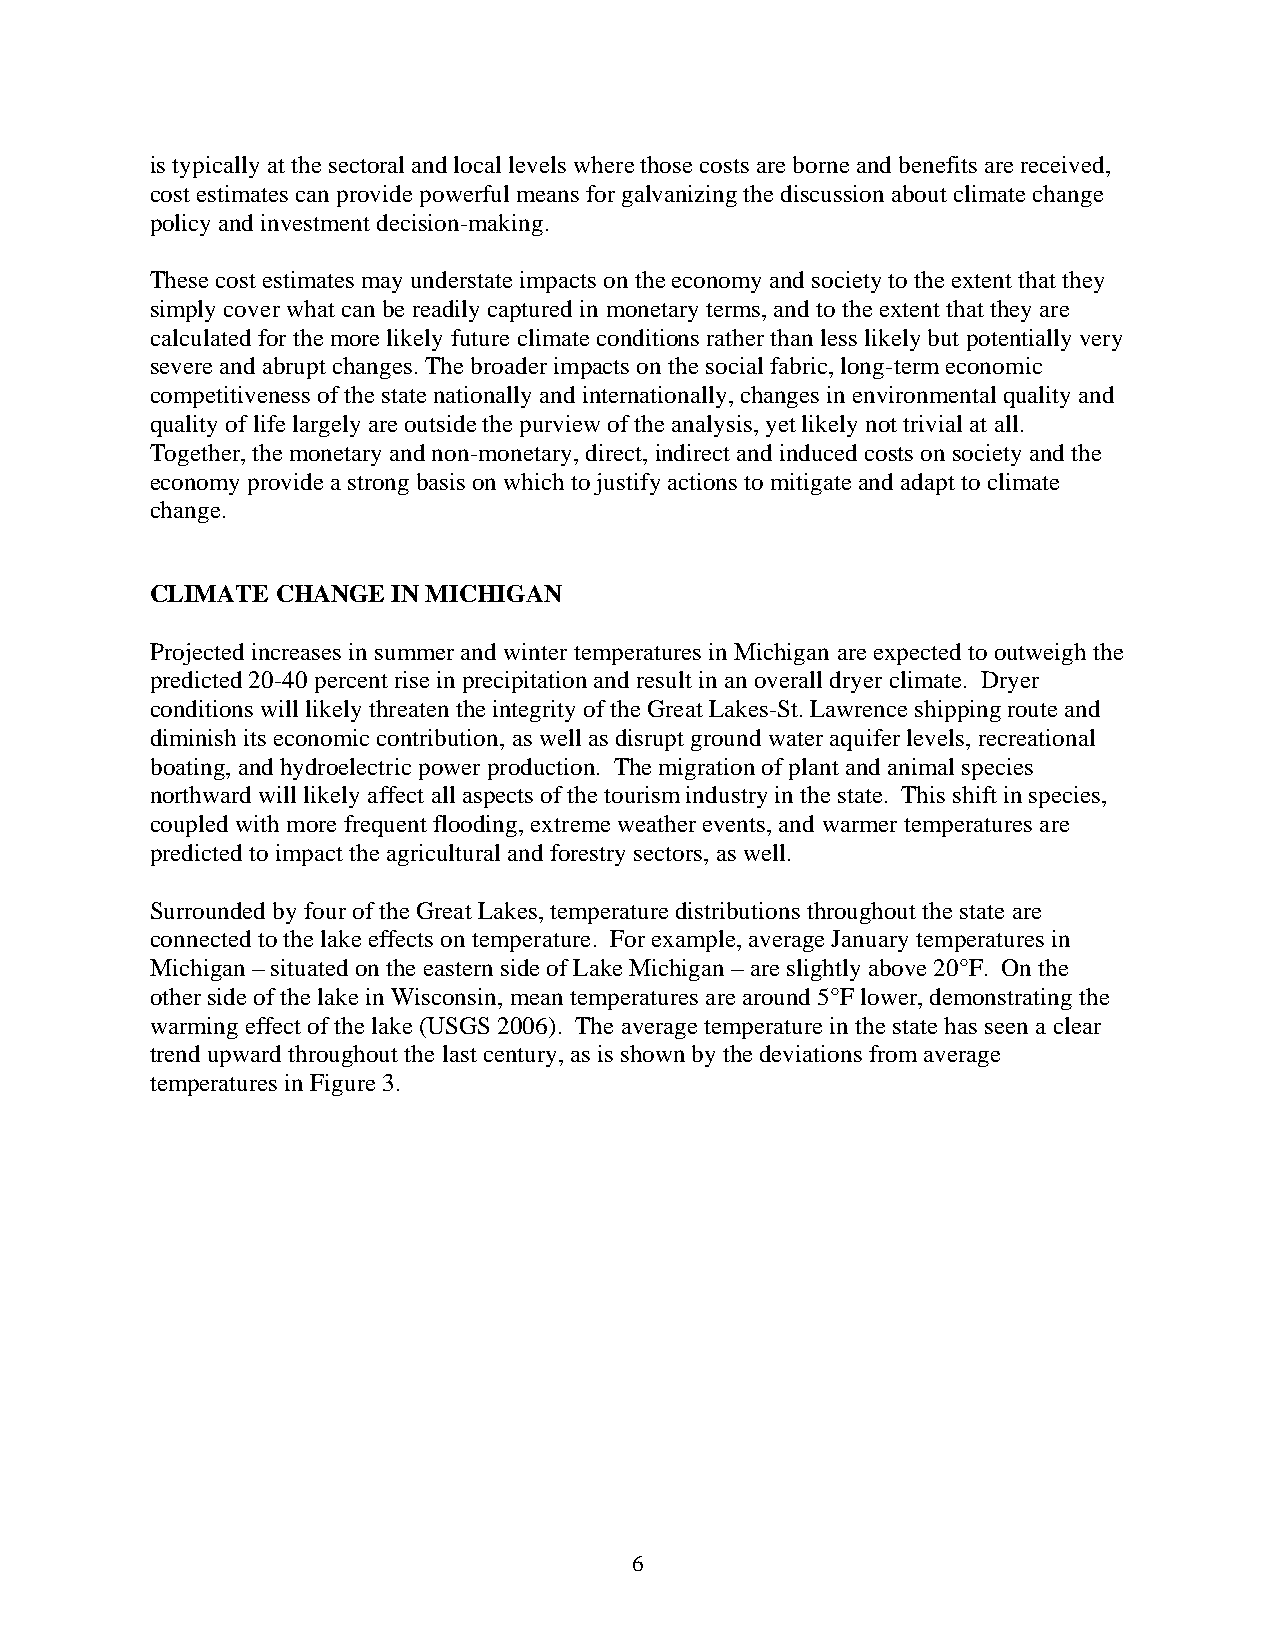
is typically at the sectoral and local levels where those costs are borne and benefits are received,
 cost estimates can provide powerful means for galvanizing the discussion about climate change
 policy and investment decision-making.
 These cost estimates may understate impacts on the economy and society to the extent that they
 simply cover what can be readily captured in monetary terms, and to the extent that they are
 calculated for the more likely future climate conditions rather than less likely but potentially very
 severe and abrupt changes. The broader impacts on the social fabric, long-term economic
 competitiveness of the state nationally and internationally, changes in environmental quality and
 quality of life largely are outside the purview of the analysis, yet likely not trivial at all.
 Together, the monetary and non-monetary, direct, indirect and induced costs on society and the
 economy provide a strong basis on which to justify actions to mitigate and adapt to climate
 change.
 CLIMATE CHANGE  IN MICHIGAN
 Projected increases in summer and winter temperatures in Michigan are expected to outweigh the
 predicted 20-40 percent rise in precipitation and result in an overall dryer climate. Dryer
 conditions will likely threaten the integrity of the Great Lakes-St. Lawrence shipping route and
 diminish its economic contribution, as well as disrupt ground water aquifer levels, recreational
 boating, and hydroelectric power production. The migration of plant and animal species
 northward will likely affect all aspects of the tourism industry in the state. This shift in species,
 coupled with more frequent flooding, extreme weather events, and warmer temperatures are
 predicted to impact the agricultural and forestry sectors, as well.
 Surrounded by four of the Great Lakes, temperature distributions throughout the state are
 connected to the lake effects on temperature. For example, average January temperatures in
 Michigan – situated on the eastern side of Lake Michigan – are slightly above 20°F. On the
 other side of the lake in Wisconsin, mean temperatures are around 5°F lower, demonstrating the
 warming effect of the lake (USGS 2006). The average temperature in the state has seen a clear
 trend upward throughout the last century, as is shown by the deviations from average
 temperatures in Figure 3.
 6